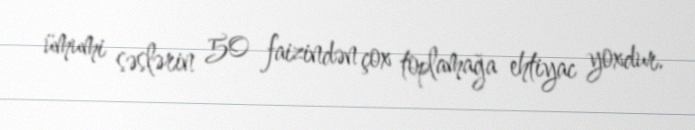
ümumi səslərin 50 faizindən çox toplamağa ehtiyac yoxdur.